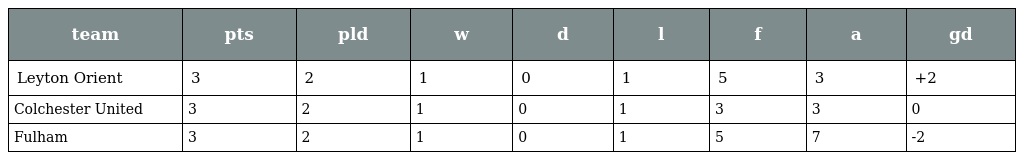
| team | pts | pld | w | d | l | f | a | gd |
 | --- | --- | --- | --- | --- | --- | --- | --- | --- |
 | Leyton Orient | 3 | 2 | 1 | 0 | 1 | 5 | 3 | +2 |
 | Colchester United | 3 | 2 | 1 | 0 | 1 | 3 | 3 | 0 |
 | Fulham | 3 | 2 | 1 | 0 | 1 | 5 | 7 | -2 |